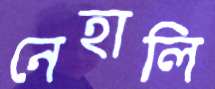
নেহালি